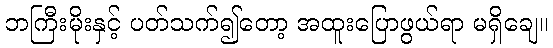
ဘကြီးမိုးနှင့် ပတ်သက်၍တော့ အထူးပြောဖွယ်ရာ မရှိချေ။